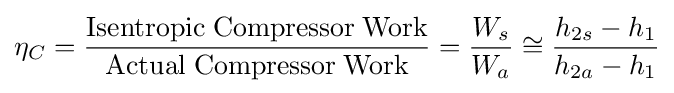
\eta _{C}={\frac {\rm {Isentropic\;Compressor\;Work}}{\rm {Actual\;Compressor\;Work}}}={\frac {W_{s}}{W_{a}}}\cong {\frac {h_{2s}-h_{1}}{h_{2a}-h_{1}}}